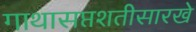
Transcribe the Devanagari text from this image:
गाथासप्तशतीसारखे